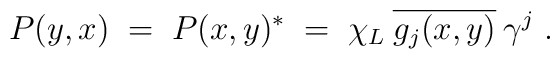
P(y,x) \;=\; P(x,y)^* \;=\;\chi_L \:\overline{g_j(x,y)} \:\gamma^j \;.